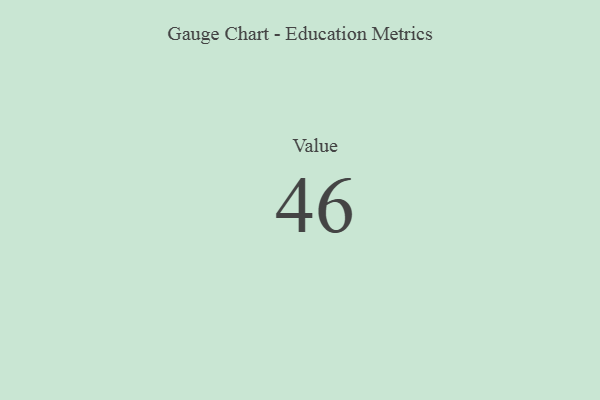
{"axis": {"x": "Metric", "y": "Value"}, "legend": [""], "data": [{"x": "Value", "y": 46, "type": ""}]}